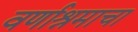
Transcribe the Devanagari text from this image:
वर्णाश्रमाचा